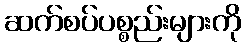
ဆက်စပ်ပစ္စည်းများကို